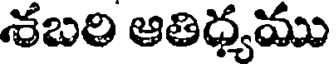
శబరి ఆతిధ్యము